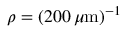
\rho = ( 2 0 0 \, \mu \mathrm m ) ^ { - 1 }